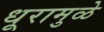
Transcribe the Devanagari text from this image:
धूरामुळे